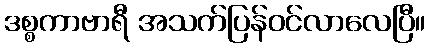
ဒစ္စကာဗာရီ အသက်ပြန်ဝင်လာလေပြီ။